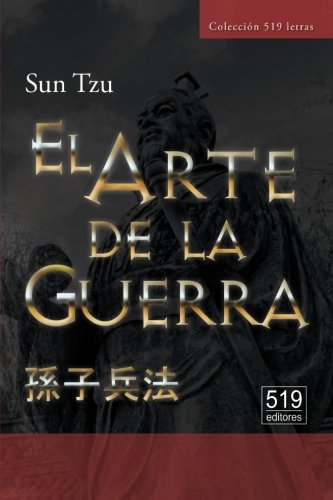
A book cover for El Arte de la Guerra. El tratado militar mÃ¡s antiguo del mundo (Spanish Edition); Sun Tzu; Business & Money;